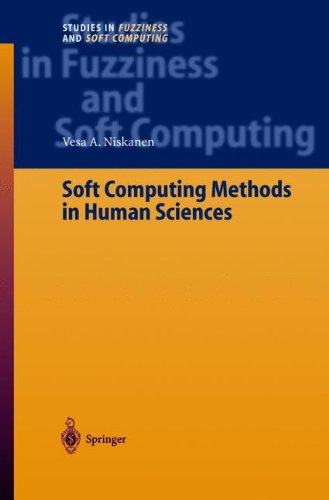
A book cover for Soft Computing Methods in Human Sciences (Studies in Fuzziness and Soft Computing); Vesa A Niskanen; Computers & Technology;